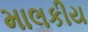
માલકીય